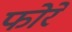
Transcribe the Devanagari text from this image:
फोरे